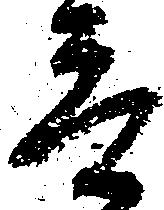
言